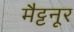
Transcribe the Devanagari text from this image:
मैट्टनूर